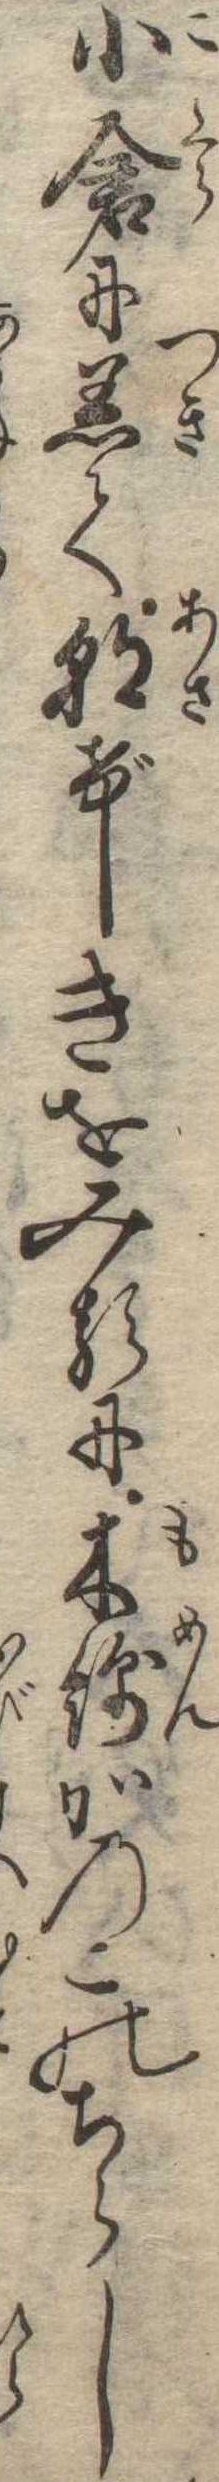
小倉に着て朝げしきをみるに木綿かのこのちらし